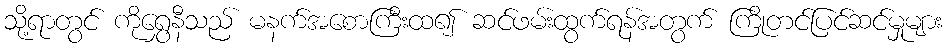
သို့ရာတွင် ကိုရွှေနီသည် မနက်အစောကြီးထ၍ ဆင်ဖမ်းထွက်ရန်အတွက် ကြိုတင်ပြင်ဆင်မှုများ